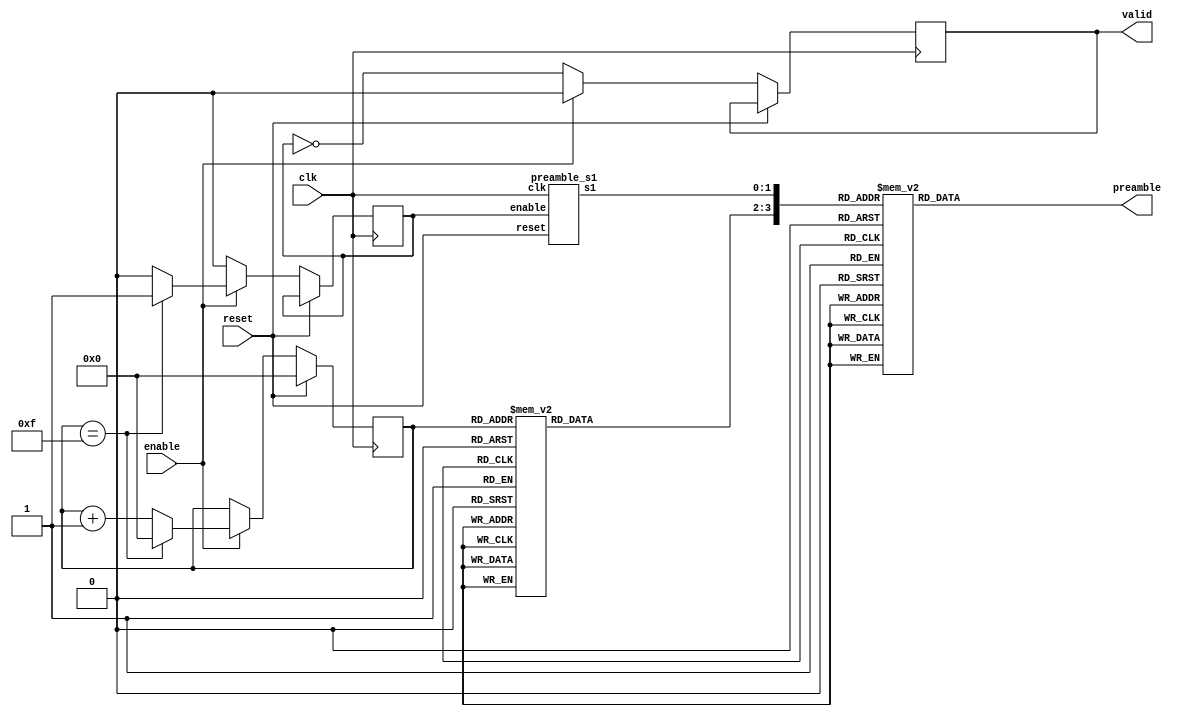
module preamble(
  input clk,
  input reset,
  input enable,
  output valid,
  output [3:0] preamble
);

  reg [3:0] offset = 4'b0;
  reg [6:0] offset2 = 7'b0;
  reg [1:0] s2 = 2'b0;
  reg [3:0] preamble_buffer = 4'b0;
  wire [1:0] s1;
  reg data_valid = 1'b0;
  reg next_code = 1'b0;

  assign preamble = preamble_buffer;
  assign valid = data_valid;

  preamble_s1 sg1(
    .clk(clk),
    .reset(reset),
    .enable(next_code),
    .s1(s1)
  );

  always @(offset)
  begin
    s2 = 2'b00;
    case (offset)
      4'h0 : s2 = 2'b00; //  1
      4'h1 : s2 = 2'b10; //  j
      4'h2 : s2 = 2'b10; //  j
      4'h3 : s2 = 2'b00; //  1
      4'h4 : s2 = 2'b10; //  j
      4'h5 : s2 = 2'b11; // -1
      4'h6 : s2 = 2'b11; // -1
      4'h7 : s2 = 2'b10; //  j
      4'h8 : s2 = 2'b10; //  j
      4'h9 : s2 = 2'b00; //  1
      4'ha : s2 = 2'b11; // -1
      4'hb : s2 = 2'b01; // -j
      4'hc : s2 = 2'b00; //  1
      4'hd : s2 = 2'b01; // -j
      4'he : s2 = 2'b10; //  j
      4'hf : s2 = 2'b11; // -1
    endcase
  end

  always @(s1 or s2)
  begin
    preamble_buffer = 4'b0000; // prevent latches
    case ({s2, s1})
      4'b0000 : preamble_buffer = 4'b0101;
      4'b0001 : preamble_buffer = 4'b0111;
      4'b0010 : preamble_buffer = 4'b1101;
      4'b0011 : preamble_buffer = 4'b1111;
      4'b0100 : preamble_buffer = 4'b0111;
      4'b0101 : preamble_buffer = 4'b1111;
      4'b0110 : preamble_buffer = 4'b0101;
      4'b0111 : preamble_buffer = 4'b1101;
      4'b1000 : preamble_buffer = 4'b1101;
      4'b1001 : preamble_buffer = 4'b0101;
      4'b1010 : preamble_buffer = 4'b1111;
      4'b1011 : preamble_buffer = 4'b0111;
      4'b1100 : preamble_buffer = 4'b1111;
      4'b1101 : preamble_buffer = 4'b1101;
      4'b1110 : preamble_buffer = 4'b0111;
      4'b1111 : preamble_buffer = 4'b0101;
    endcase
  end

  always @(posedge clk)
  begin
    if (reset) begin
      offset <= 0;
      offset2 <= 0;
    end else if (enable) begin
      data_valid <= 1'b0;
      offset <= offset + 1;
      if (offset == 15) begin
        next_code <= 1'b1;
        offset <= 0;
        offset2 <= offset2 + 1;
      end
      else begin
        next_code <= 1'b0;
      end
    end else begin
      data_valid <= ~next_code;
      next_code <= 1'b0;
    end
  end

endmodule

module preamble_s1(
  input clk,
  input reset,
  input enable,
  output [1:0] s1
);

  wire z1, z2;

  preamble_z_n zg1(
    .clk(clk),
    .enable(enable),
    .reset(reset),
    .initial_reg_x(9'b1),
    .initial_reg_y(9'h1ff),
    .z_n(z1));

  preamble_z_n zg2(
    .clk(clk),
    .enable(enable),
    .reset(reset),
    .initial_reg_x(9'b000010101),
    .initial_reg_y(9'b101011001),
    .z_n(z2));

  assign s1 = {z1, z2};

endmodule

module preamble_z_n(
  input clk,
  input reset,
  input enable,
  input [8:0] initial_reg_x,
  input [8:0] initial_reg_y,
  output z_n
);

  reg [8:0] reg_x;
  reg [8:0] reg_y;

  always @(posedge clk)
  begin
    if (reset)
    begin
      reg_x <= initial_reg_x;
      reg_y <= initial_reg_y;
    end else if (enable) begin
      reg_x <= {reg_x[0] ^ reg_x[4], reg_x[8:1]};
      reg_y <= {reg_y[0] ^ reg_y[1] ^ reg_y[3] ^ reg_y[4], reg_y[8:1]};
    end
  end

  assign z_n = reg_x[0] ^ reg_y[0];
endmodule